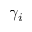
\gamma _ { i }